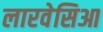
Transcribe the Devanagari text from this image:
लारवेसिआ